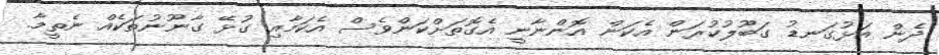
ދެން އަޅުގަނޑު ގަބޫލުކުރަން އެކަން އޮންނާނީ އެގޮތަށްކަންވެސް އެކަމާއި ގުޅޭ ގާނޫނުތަކެއް ނެތީމާ.